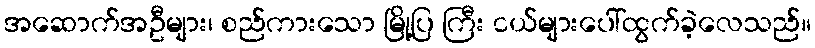
အဆောက်အဦများ၊ စည်ကားသော မြို့ပြ ကြီး ငယ်များပေါ်ထွက်ခဲ့လေသည်။